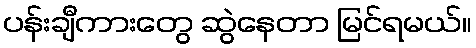
ပန်းချီကားတွေ ဆွဲနေတာ မြင်ရမယ်။